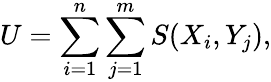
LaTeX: U=\sum_{i=1}^{n}\sum_{j=1}^{m}S(X_{i},Y_{j}),